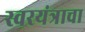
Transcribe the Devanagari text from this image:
स्वरयंत्राचा